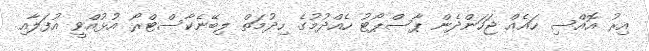
އިރު އޮއްސި ހައެއް ޖަހަންދެން ޕާސްޕޯޓު ހެއްދުމުގެ ހިދުމަތް ލިބޭނެކާސްޓްރޯ އުޅުއްވީ އުފަލާއި